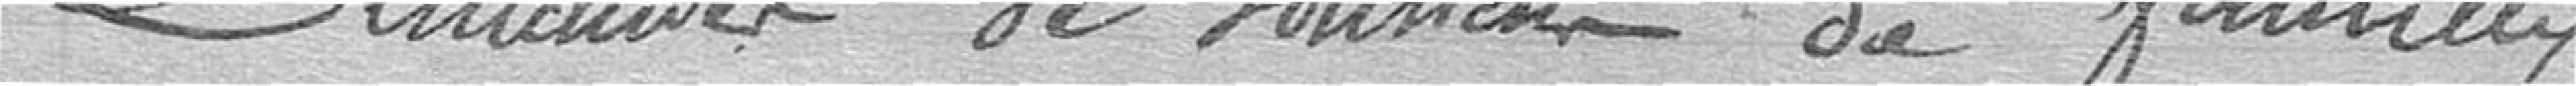
Demandes de soutien de familles